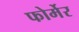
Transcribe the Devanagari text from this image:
फोर्मेर